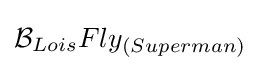
{\mathcal {B}}_{Lois}Fly_{(Superman)}